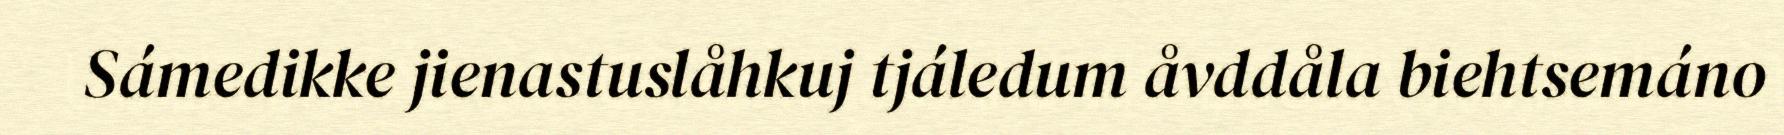
Sámedikke jienastuslåhkuj tjáledum åvddåla biehtsemáno